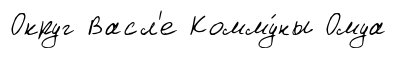
Округ Васл'е Комму́ны Омуа